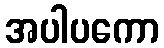
အပါပကော